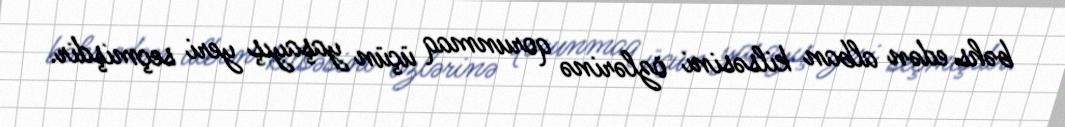
bəhs edən alban kilsəsini özlərinə qorunmaq üçün yaşayış yeri seçmişdir.